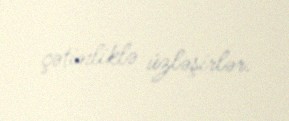
çətinliklə üzləşirlər.